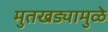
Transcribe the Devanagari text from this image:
मुतखड्यामुळे